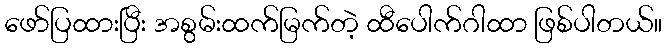
ဖော်ပြထားပြီး အစွမ်းထက်မြက်တဲ့ ထီပေါက်ဂါထာ ဖြစ်ပါတယ်။